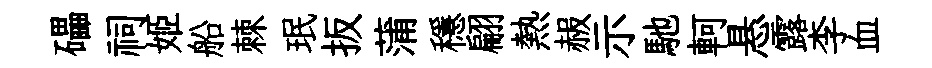
礧祠姬船棘珉扳蒲穩翩熱赧示馳軻悬露李血